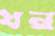
ধন্ব